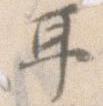
耳